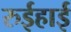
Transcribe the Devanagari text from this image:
रुईहाई